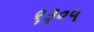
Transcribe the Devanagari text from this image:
९३०५